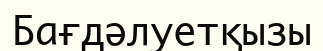
Бағдәлуетқызы